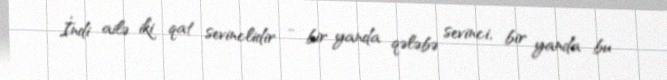
İndi ailə iki qat sevinclidir - bir yanda qələbə sevinci, bir yanda bu